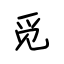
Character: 觅